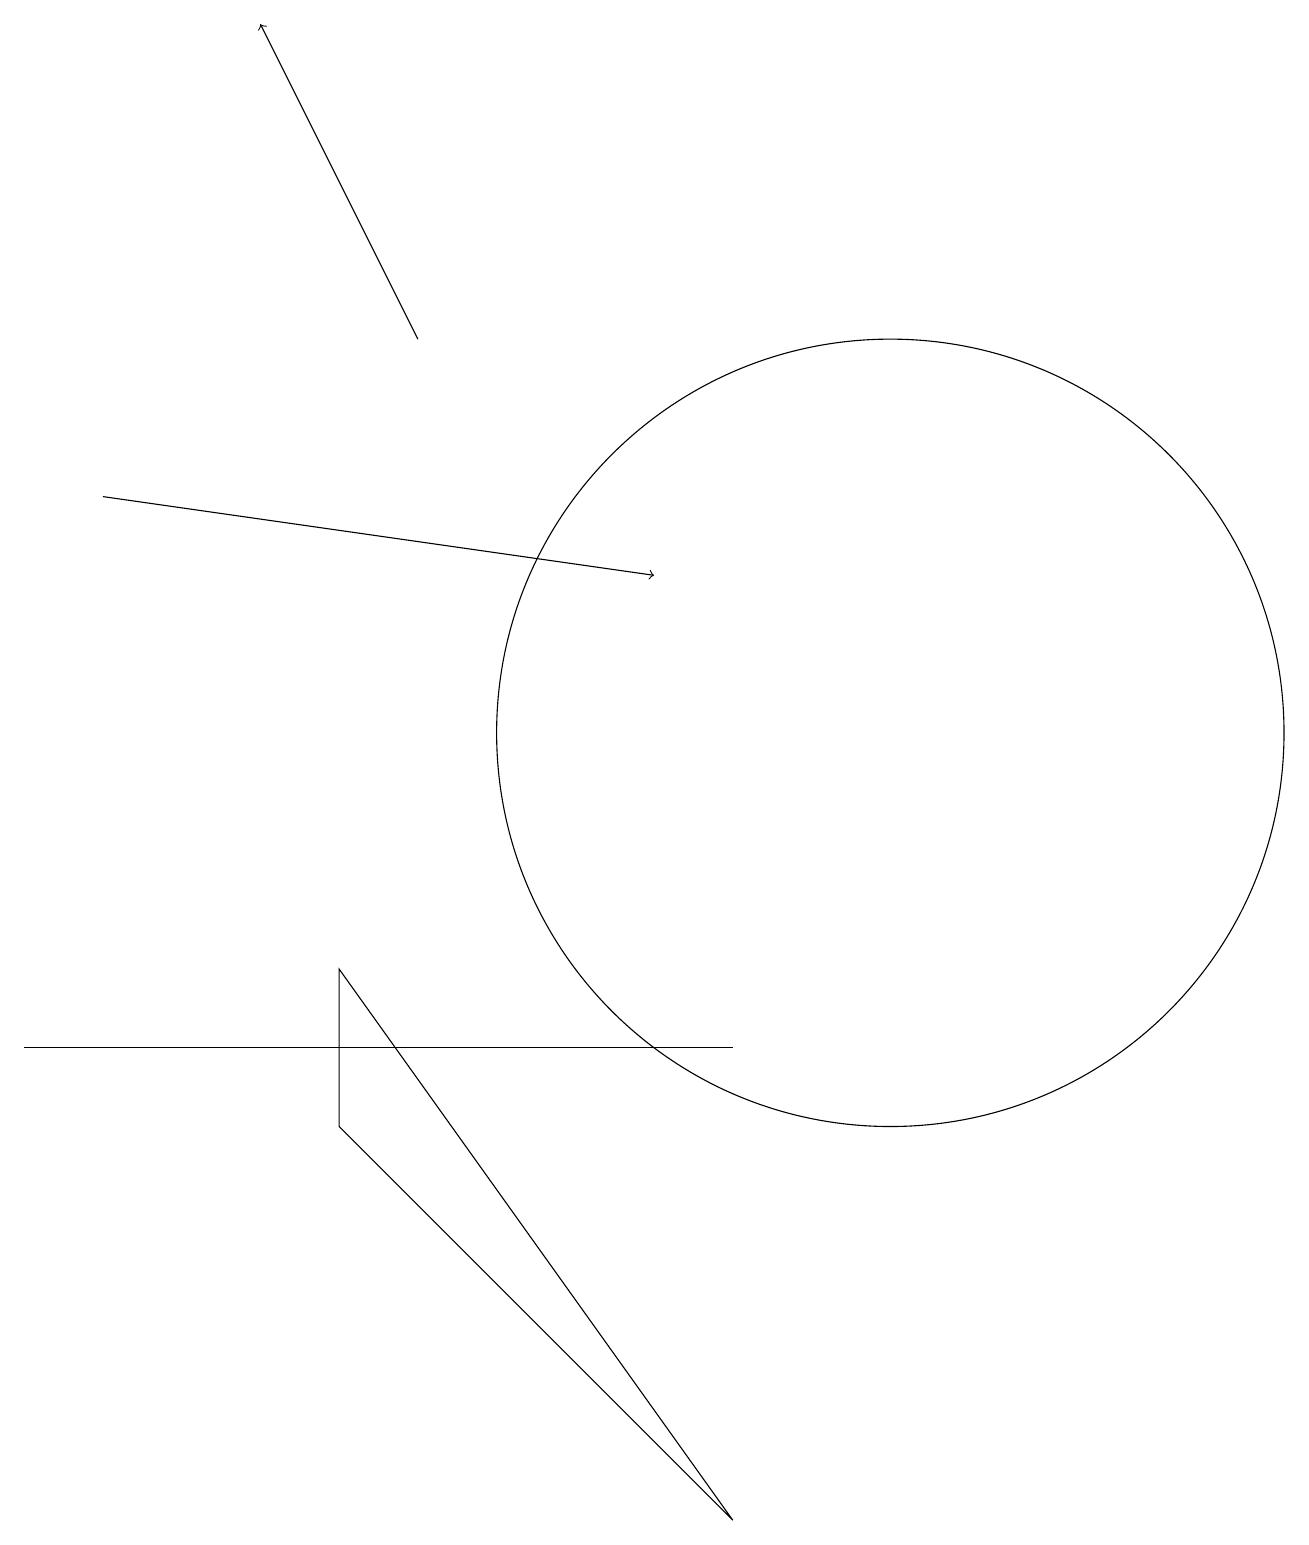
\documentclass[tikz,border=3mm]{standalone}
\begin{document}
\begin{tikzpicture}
\draw (0,6) -- (8,6) -- (9,6) -- cycle;
\draw[->] (1,13) -- (8,12);
\draw[->] (5,15) -- (3,19);
\draw (4,5) -- (9,0) -- (4,7) -- cycle;
\draw (11,10) circle (5);
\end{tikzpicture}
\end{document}